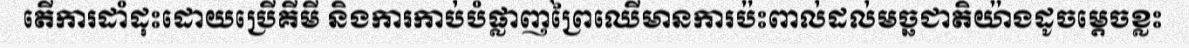
តើការដាំដុះដោយប្រើគីមី និងការកាប់បំផ្លាញព្រៃឈើមានការប៉ះពាល់ដល់មច្ឆជាតិយ៉ាងដូចម្តេចខ្លះ